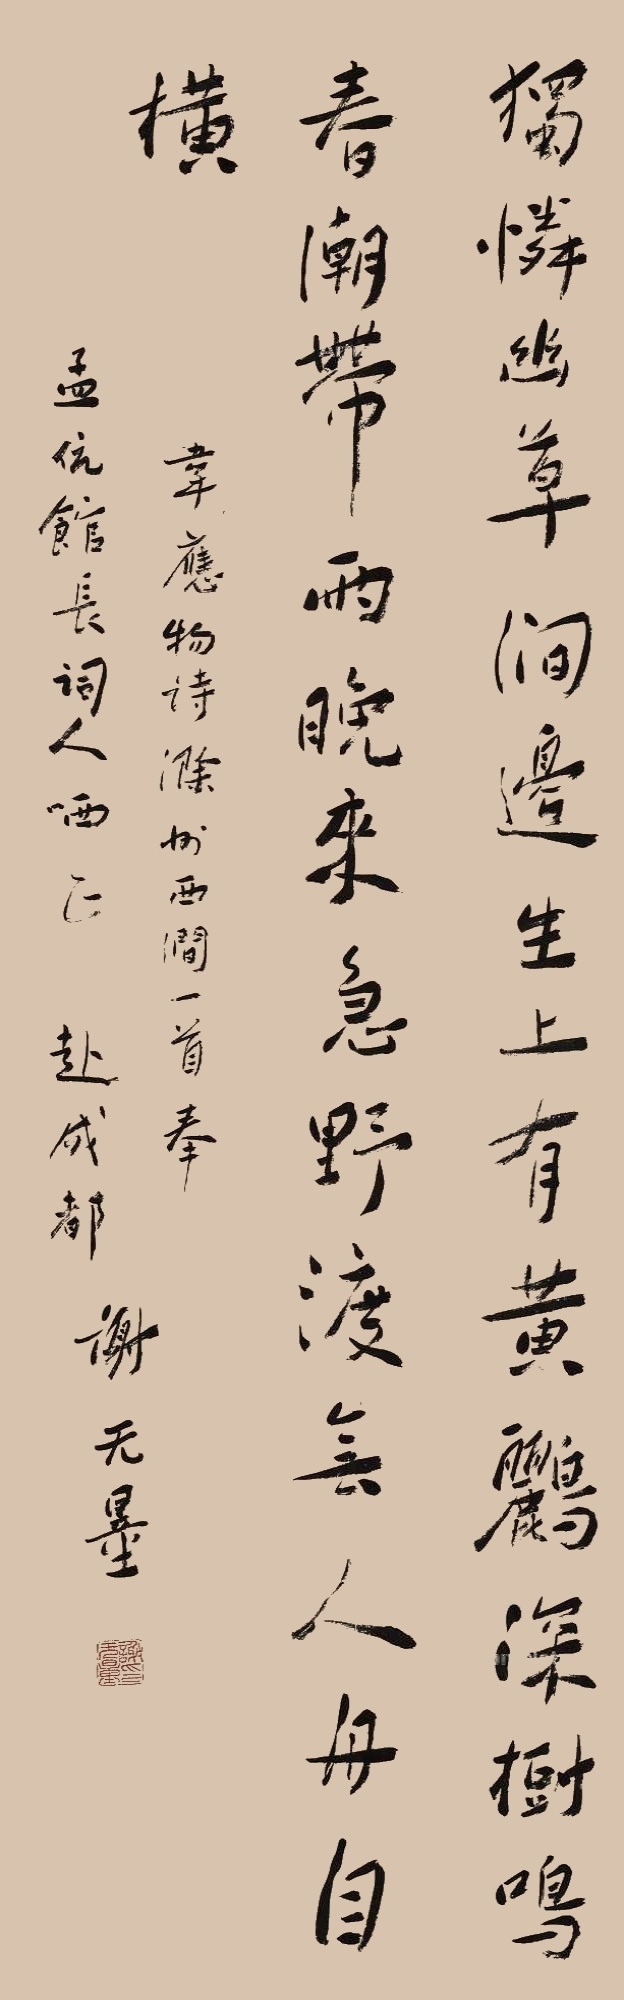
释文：独怜幽草涧边生，上有黄鹂深树鸣。春潮带雨晚来急，野渡无人舟自横。韦应物诗《滁州西涧》一首，奉孟伉馆长词人哂正，赴成都，谢无量。谢无量印（朱文）